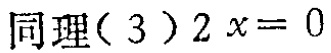
同理（3）$2x = 0$